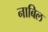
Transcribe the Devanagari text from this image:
नाबिल